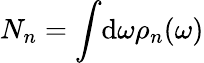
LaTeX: N_{n}=\int\! \mathrm{d}\omega\rho_{n}(\omega)